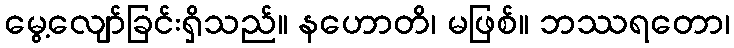
မွေ့လျော်ခြင်းရှိသည်။ နဟောတိ၊ မဖြစ်။ ဘဿရတော၊